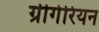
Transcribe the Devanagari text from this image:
ग्रीगेरियन